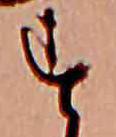
す